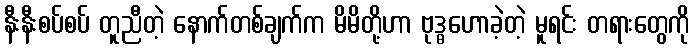
နီးနီးစပ်စပ် တူညီတဲ့ နောက်တစ်ချက်က မိမိတို့ဟာ ဗုဒ္ဓဟောခဲ့တဲ့ မူရင်း တရားတွေကို